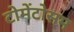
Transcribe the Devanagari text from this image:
टोमेंटोसम